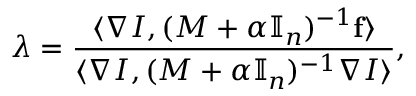
\lambda = \frac { \langle \nabla I , ( M + \alpha \mathbb I _ { n } ) ^ { - 1 } \mathbf f \rangle } { \langle \nabla I , ( M + \alpha \mathbb I _ { n } ) ^ { - 1 } \nabla I \rangle } ,